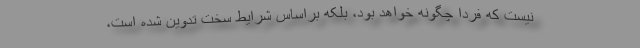
نیست که فردا چگونه خواهد بود، بلکه براساس شرایط سخت تدوین شده است،